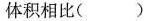
体积相比( )